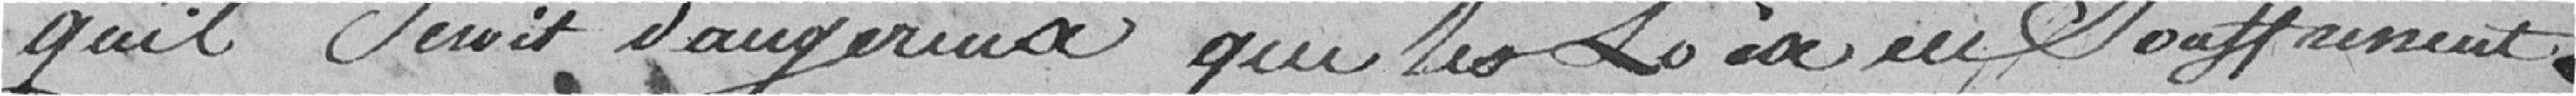
qu'il serait dangereux que les lois en souffrissent,